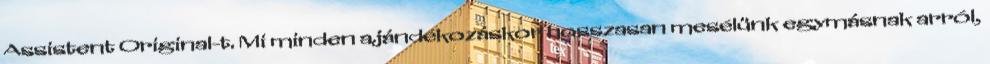
Assistent Original-t. Mi minden ajándékozáskor hosszasan mesélünk egymásnak arról,